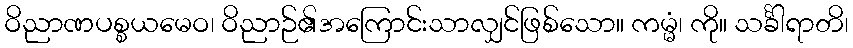
ဝိညာဏပစ္စယမေဝ၊ ဝိညာဉ်၏အကြောင်းသာလျှင်ဖြစ်သော။ ကမ္မံ၊ ကို။ သင်္ခါရာတိ၊